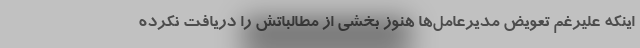
اینکه علیرغم تعویض مدیرعامل‌ها هنوز بخشی از مطالباتش را دریافت نکرده